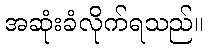
အဆုံးခံလိုက်ရသည်။